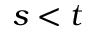
s < t